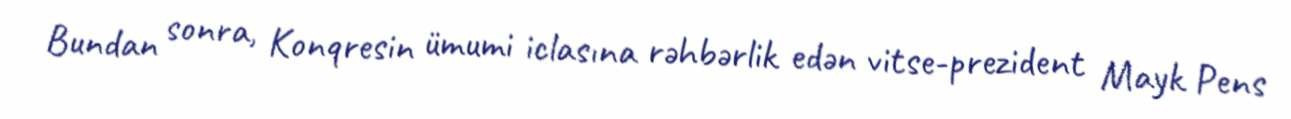
Bundan sonra, Konqresin ümumi iclasına rəhbərlik edən vitse-prezident Mayk Pens